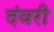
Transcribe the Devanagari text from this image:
दंवरी